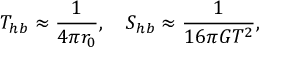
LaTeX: T _ { h b } \approx { \frac { 1 } { 4 \pi r _ { 0 } } } , \quad S _ { h b } \approx { \frac { 1 } { 1 6 \pi G T ^ { 2 } } } ,